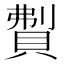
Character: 𬥚